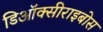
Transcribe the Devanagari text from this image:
डिऑक्सीराइबोस